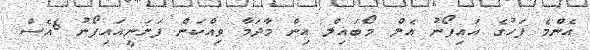
އެންމެ ފަހުގެ އައިފޯނު އެލް މޯބައިލް އިން މާދަމާ ވިއްކަން ފަށަނީއައިފޯނު 6އެސް